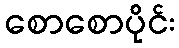
စောစောပိုင်း